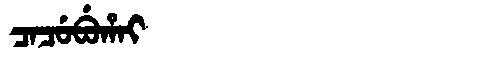
Manchu: ᠴᠠᠴᡠᠪᡠᡥᠠᡳ
Romanization: CACUBUHAI